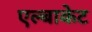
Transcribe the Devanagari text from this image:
एल्बाकेट